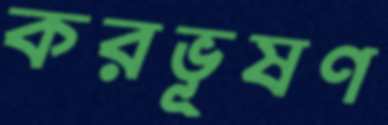
করভূষণ